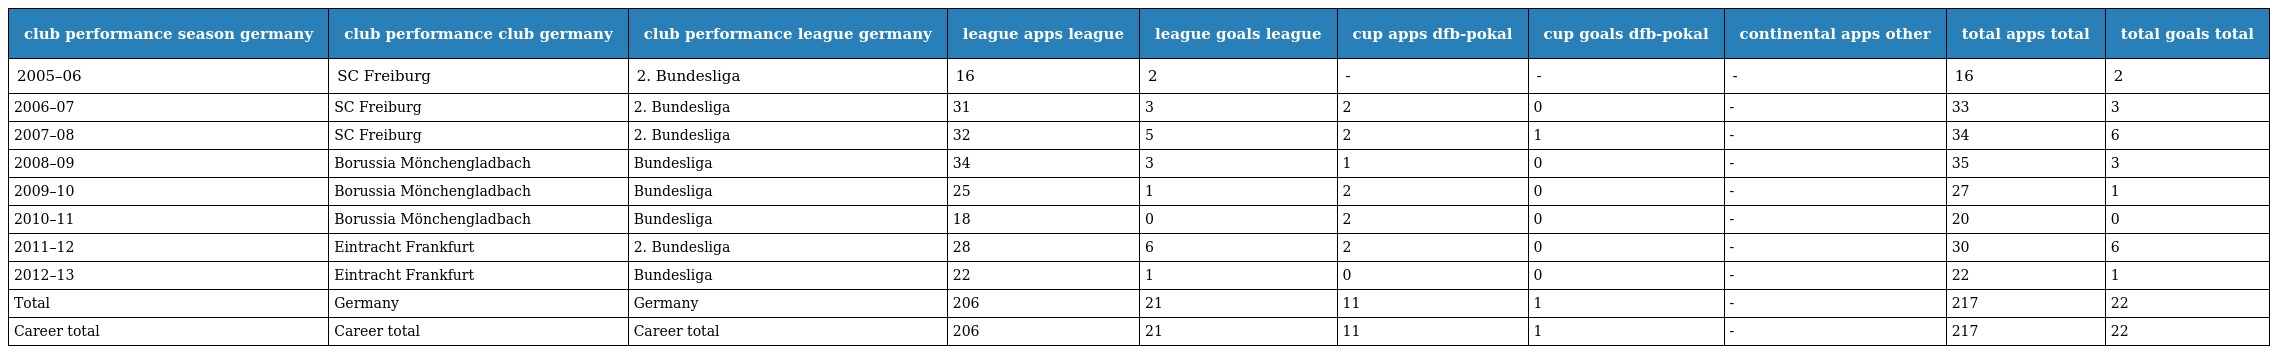
| club performance season germany | club performance club germany | club performance league germany | league apps league | league goals league | cup apps dfb-pokal | cup goals dfb-pokal | continental apps other | total apps total | total goals total |
 | --- | --- | --- | --- | --- | --- | --- | --- | --- | --- |
 | 2005–06 | SC Freiburg | 2. Bundesliga | 16 | 2 | - | - | - | 16 | 2 |
 | 2006–07 | SC Freiburg | 2. Bundesliga | 31 | 3 | 2 | 0 | - | 33 | 3 |
 | 2007–08 | SC Freiburg | 2. Bundesliga | 32 | 5 | 2 | 1 | - | 34 | 6 |
 | 2008–09 | Borussia Mönchengladbach | Bundesliga | 34 | 3 | 1 | 0 | - | 35 | 3 |
 | 2009–10 | Borussia Mönchengladbach | Bundesliga | 25 | 1 | 2 | 0 | - | 27 | 1 |
 | 2010–11 | Borussia Mönchengladbach | Bundesliga | 18 | 0 | 2 | 0 | - | 20 | 0 |
 | 2011–12 | Eintracht Frankfurt | 2. Bundesliga | 28 | 6 | 2 | 0 | - | 30 | 6 |
 | 2012–13 | Eintracht Frankfurt | Bundesliga | 22 | 1 | 0 | 0 | - | 22 | 1 |
 | Total | Germany | Germany | 206 | 21 | 11 | 1 | - | 217 | 22 |
 | Career total | Career total | Career total | 206 | 21 | 11 | 1 | - | 217 | 22 |